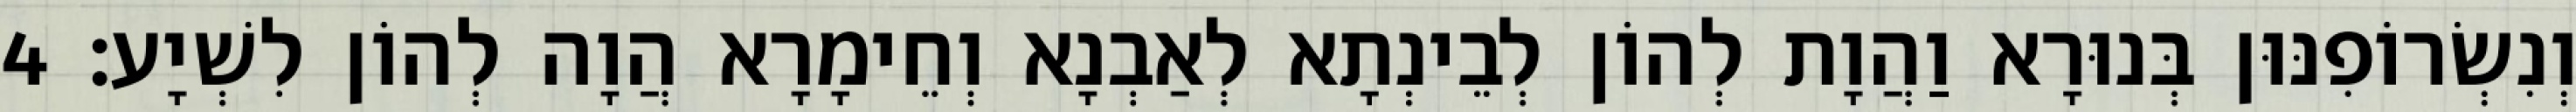
וְנִשְׂרוֹפִנּוּן בְּנוּרָא וַהֲוָת לְהוֹן לְבֵינְתָא לְאַבְנָא וְחֵימָרָא הֲוָה לְהוֹן לִשְׁיָע׃ 4